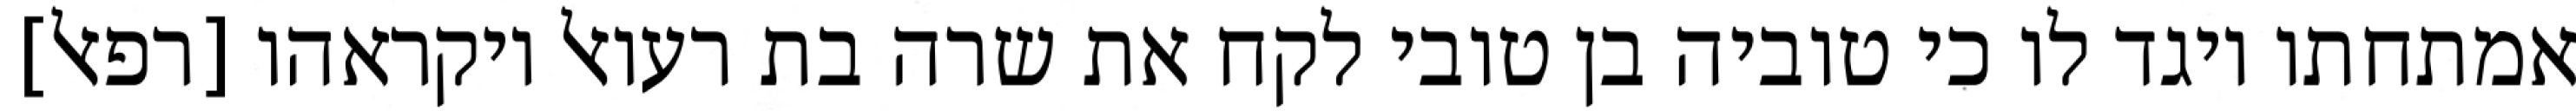
אמתחתו ויגד לו כי טוביה בן טובי לקח את שרה בת רעואל ויקראהו [רפאל]